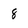
Character: 8